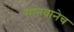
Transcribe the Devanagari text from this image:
मानवानेच